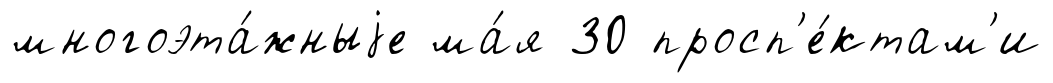
многоэта́жныjе ма́я 30 просп'е́ктам'и